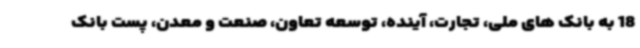
18 به بانک های ملی، تجارت، آینده، توسعه تعاون، صنعت و معدن، پست بانک